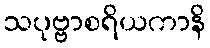
သပုဗ္ဗာစရိယကာနိ